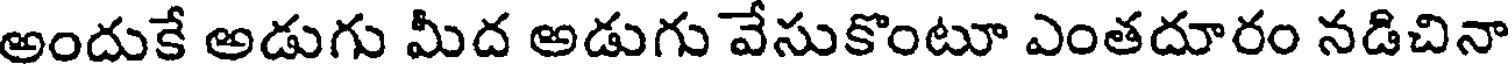
అందుకే అడుగు మీద అడుగు వేసుకొంటూ ఎంతదూరం నడిచినా